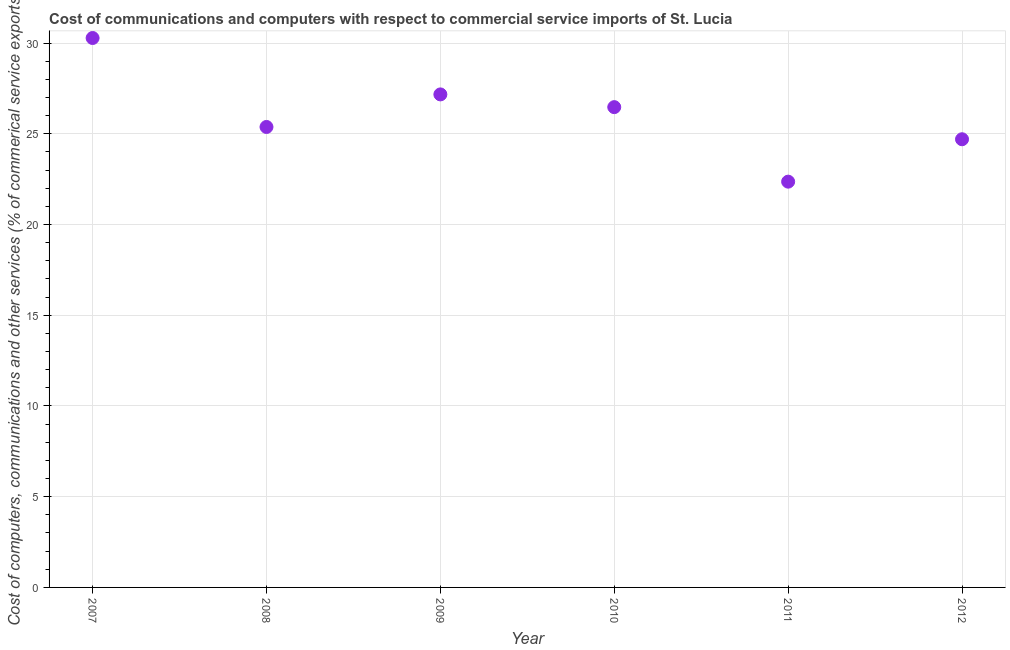
| Year | Computer |
 | --- | --- |
 | 2007 | 30.3 |
 | 2008 | 25.4 |
 | 2009 | 27.2 |
 | 2010 | 26.5 |
 | 2011 | 22.4 |
 | 2012 | 24.7 |